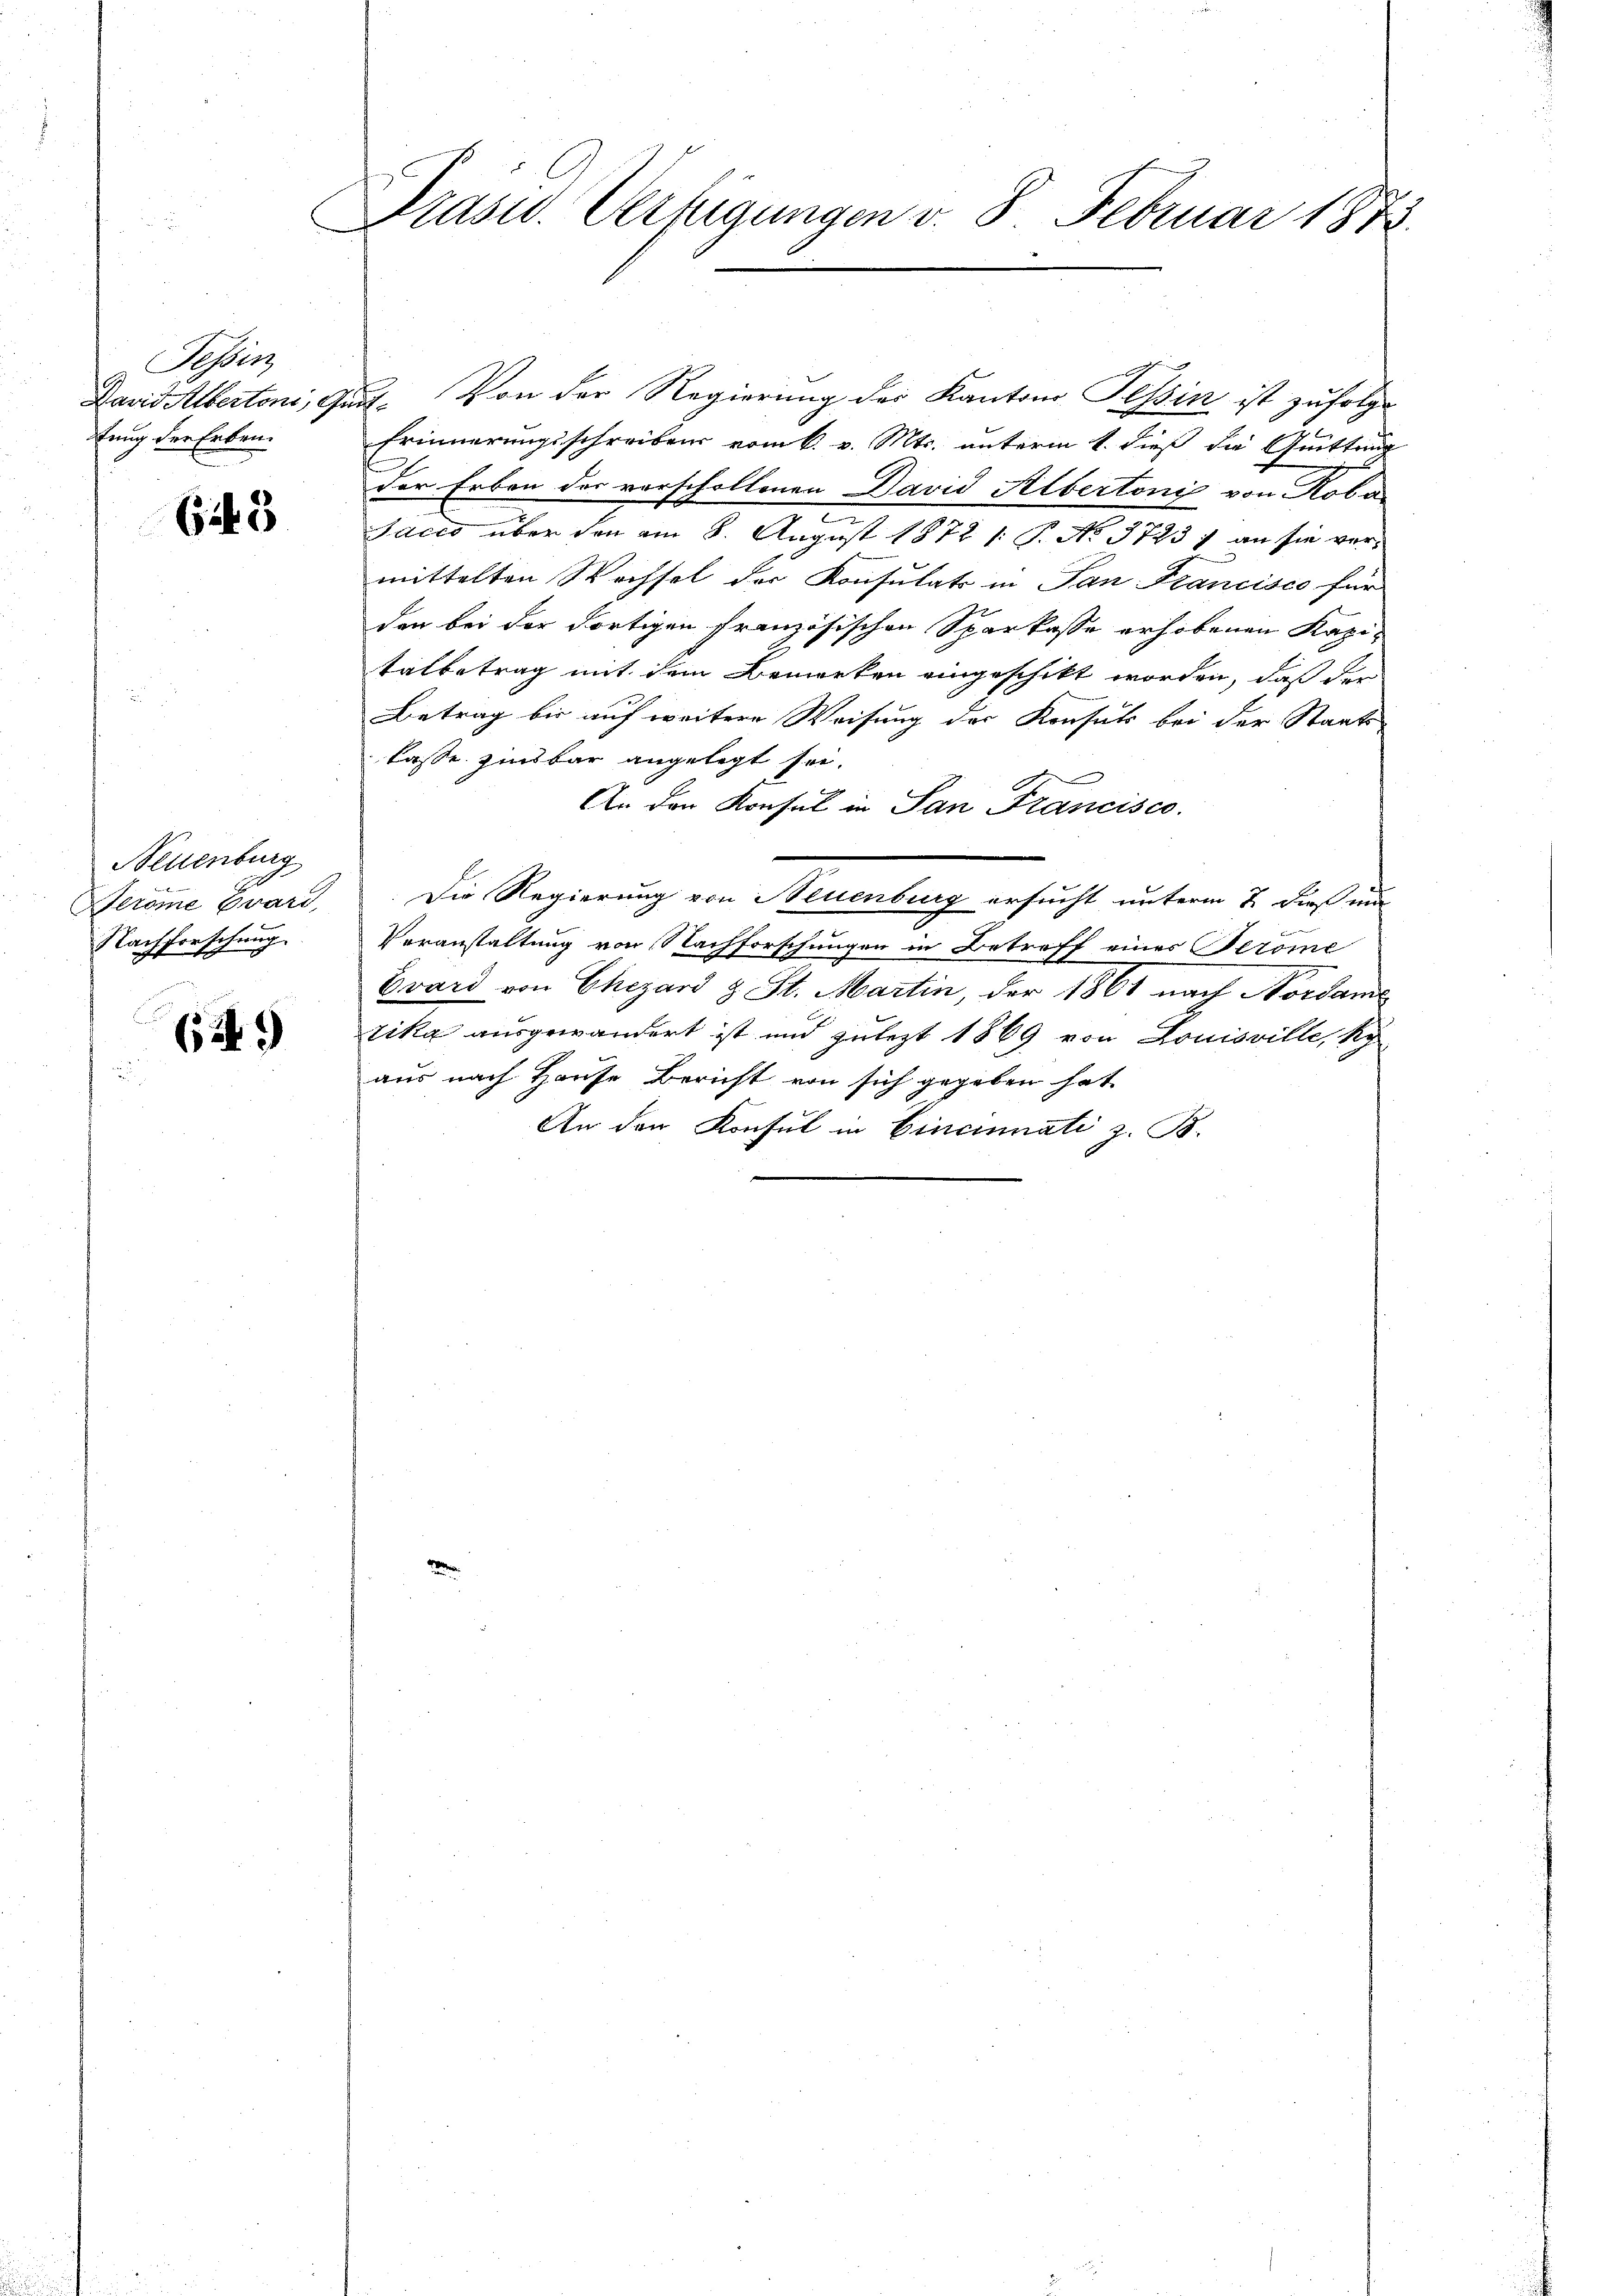
Tessin
David Albertoni, Ge
tung der Erben¬

623

Neuenburg
Seröme Evari
Nachforschung.

629

Prasus. Verfügungen v. 8. Februar 1873.

ud. Von der Regierung der Kantons Tessin ist zufolge
Erinnerungsschreibens vom 6. v. Mts. unterm 1. dieß die Quittung
der Erben des vorschollenen David Albertonis von Roba
Idcco über den am 8. August 1872 1: P. No. 3723 ; an sie vermittelten Wechsel der Konsulats in Tan Francisco für
den bei der dortigen Französischen Sparkasse erhobenen Kapitatbetrag mit dem Bemerken eingeschikt worden, daß der
Betrag bis auf weitere Weisung der Konsuls bei der Staats-
kasse zinsbar angelegt sei.
An den Konsul in San Francisco
Die Regierung von Neuenburg ersucht unterm 2. dieß un
Veranstaltung von Nachforschungen in Betroff eines Perome
Evard von Chizard & St. Martin, der 1861 nach Nordame
rika ausgewandert ist und zulezt 1869 von Louisville, ko
aus nach Hause Bericht von sich gegeben hat.
An den Konsul in Cincinnati z. B.